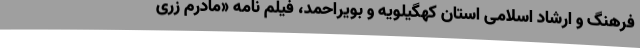
فرهنگ و ارشاد اسلامی استان کهگیلویه و بویراحمد، فیلم نامه «مادرم زری